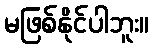
မဖြစ်နိုင်ပါဘူး။